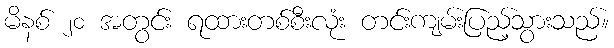
မိနစ် ၂၀ အတွင်း ရထားတစ်စီးလုံး တင်းကျမ်းပြည့်သွားသည်။